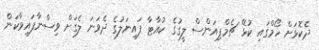
ދެކޮޅަށް ހޯމްގައި ކުޅޭ ޗެމްޕިއަންސް ލީގުގެ ކުއާޓާ ފައިނަލުގެ ދެވަނަ ލެގަށް ވިސްނާފައިވާކަން